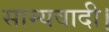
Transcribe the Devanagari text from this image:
साम्यवादी।